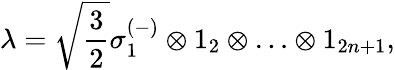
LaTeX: \lambda=\sqrt{\frac{3}{2}}\sigma_{1}^{(-)}\otimes 1_{2}\otimes\ldots\otimes 1_{2n+1},